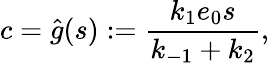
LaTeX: c=\widehat g(s):=\frac{k_{1}e_{0}s}{k_{-1}+k_{2}},